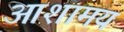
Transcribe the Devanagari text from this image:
आशामय